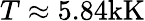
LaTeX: T\approx 5.84\mathrm{kK}